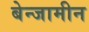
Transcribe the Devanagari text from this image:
बेन्जामीन